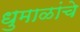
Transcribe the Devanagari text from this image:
धुमाळांचे